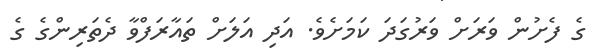
ގެ ފެށުން ވަރަށް ވަރުގަދަ ކަމަށެވެ. އަދި އަލަށް ތައާރަފްވާ ދެތަރިންގެ ގެ